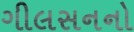
ગીલસનનો